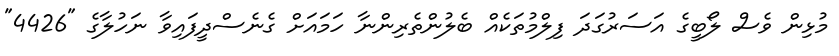
މުޅިން ވެސް ލޯބީގެ އަސަރުގަދަ ފިލްމުތަކެއް ބެލުންތެރިންނާ ހަމައަށް ގެނެސްދީފައިވާ ނަހުލާގެ "4426"